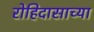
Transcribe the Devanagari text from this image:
रोहिदासाच्या